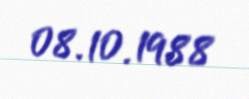
08.10.1988